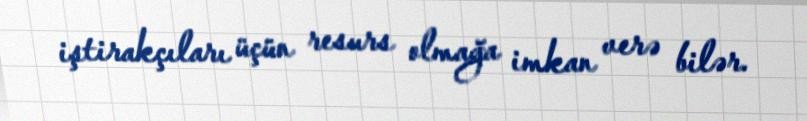
iştirakçıları üçün resurs olmağa imkan verə bilər.